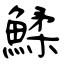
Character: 鰇